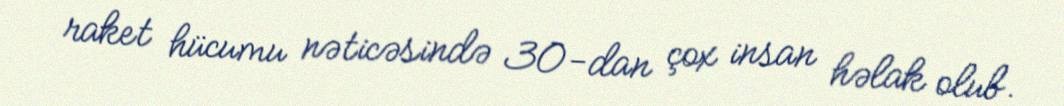
raket hücumu nəticəsində 30-dan çox insan həlak olub.